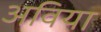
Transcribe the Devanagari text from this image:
अविया